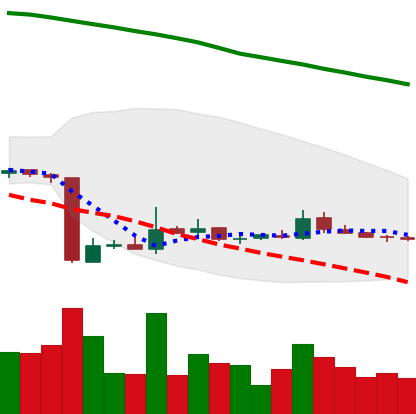
Ticker: ETC-USD
Chart end date: 2018-10-27
Forward return: -5.814%
Label: down_5_7